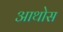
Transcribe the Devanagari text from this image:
आथोस